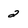
Character: 2